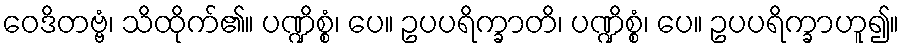
ဝေဒိတဗ္ဗံ၊ သိထိုက်၏။ ပဏ္ဍိစ္စံ၊ ပေ။ ဥပပရိက္ခာတိ၊ ပဏ္ဍိစ္စံ၊ ပေ။ ဥပပရိက္ခာဟူ၍။